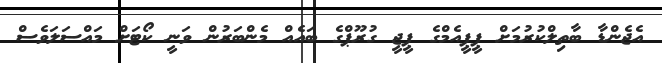
އެޖެންޑާ ބާތިލްކުރުމަށް ޕީޕީއެމްގެ ޕީޖީ ގުރޫޕްގެ ބައެއް މެންބަރުން ވަނީ ކޯޓަށް މައްސަލަވެސް